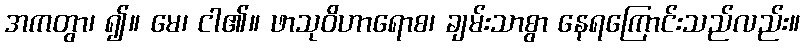
အကတွာ၊ ၍။ မေ၊ ငါ၏။ ဖာသုဝိဟာရောစ၊ ချမ်းသာစွာ နေရကြောင်းသည်လည်း။